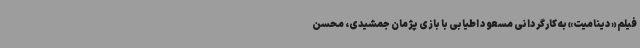
فیلم «دینامیت» به کارگردانی مسعود اطیابی با بازی پژمان جمشیدی، محسن